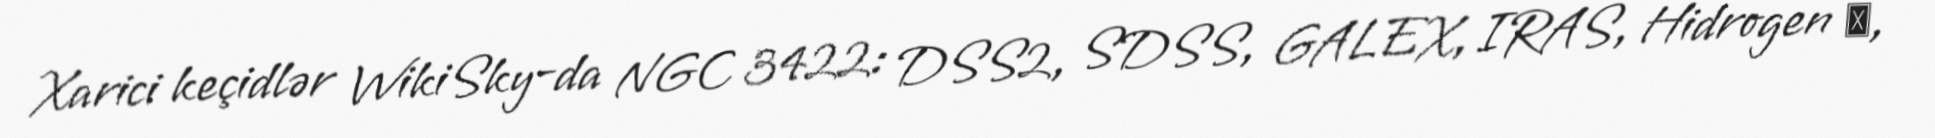
Xarici keçidlər WikiSky-da NGC 3422: DSS2, SDSS, GALEX, IRAS, Hidrogen α,